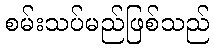
စမ်းသပ်မည်ဖြစ်သည်